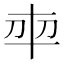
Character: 𭃍